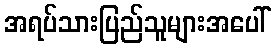
အရပ်သားပြည်သူများအပေါ်